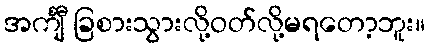
အင်္ကျီ ခြစားသွားလို့ဝတ်လို့မရတော့ဘူး။